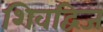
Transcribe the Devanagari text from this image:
शिवद्विज